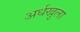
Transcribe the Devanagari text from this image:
अर्धखुला